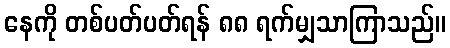
နေကို တစ်ပတ်ပတ်ရန် ၈၈ ရက်မျှသာကြာသည်။